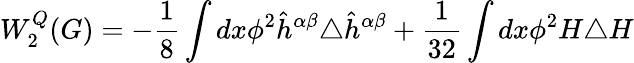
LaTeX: W_{2}^{Q}(G)=-\frac{1}{8}\int dx\phi^{2}\hat{h}^{\alpha\beta}\triangle\hat{h}^{\alpha\beta}+\frac{1}{32}\int dx\phi^{2}H\triangle H